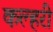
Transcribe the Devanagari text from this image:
कल्हरी